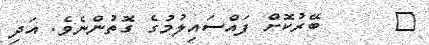
٩      ބޭރުކޮށް ފައްސައިލުމުގެ ގޮތުންނެވެ. އަދި